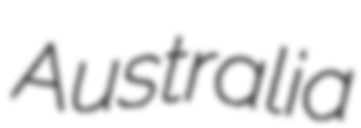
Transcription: Australia